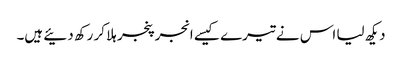
دیکھ لیا اس نے تیرے کیسے انجر پنجر ہلا کر رکھ دئیے ہیں۔